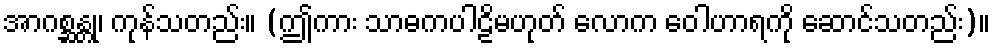
အာဂစ္ဆန္တု၊ ကုန်သတည်း။ (ဤကား သာဓကပါဠိမဟုတ် လောက ဝေါဟာရကို ဆောင်သတည်း)။